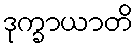
ဒုက္ခာယာတိ